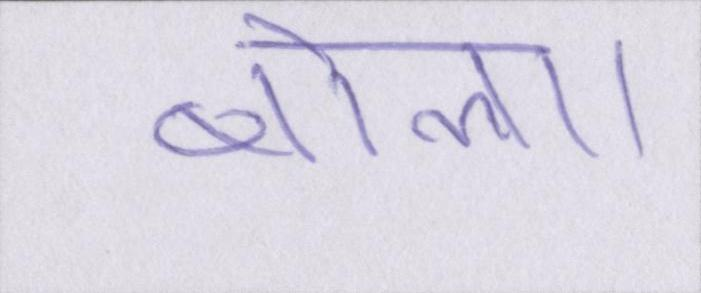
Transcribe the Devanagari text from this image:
बोला।